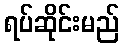
ရပ်ဆိုင်းမည်